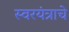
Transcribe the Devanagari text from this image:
स्वरयंत्राचे